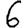
Digit: 6